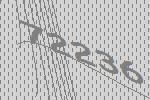
72236